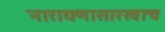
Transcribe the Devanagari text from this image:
नारायणासारखाच